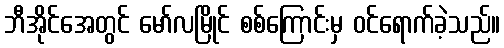
ဘီအိုင်အေတွင် မော်လမြိုင် စစ်ကြောင်းမှ ဝင်ရောက်ခဲ့သည်။